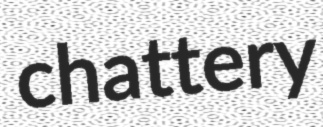
chattery